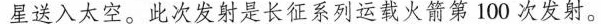
星送入太空。此次发射是长征系列运载火箭第1 0 0次发射。